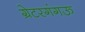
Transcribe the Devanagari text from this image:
ग्रेटरगंगऊ